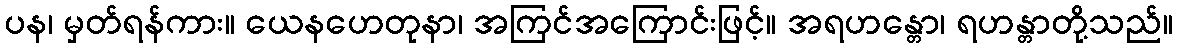
ပန၊ မှတ်ရန်ကား။ ယေနဟေတုနာ၊ အကြင်အကြောင်းဖြင့်။ အရဟန္တော၊ ရဟန္တာတို့သည်။